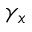
\gamma _ { x }